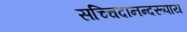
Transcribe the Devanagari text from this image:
सच्चिदानन्दरूपाय